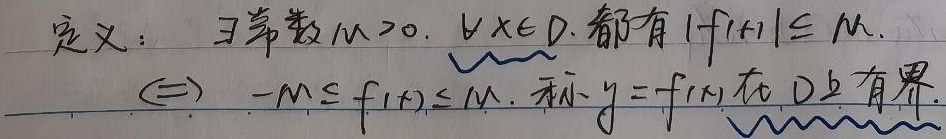
定义：\(\exists\)常数\(M > 0\)，\(\forall x \in D\)，都有\(|f(x)| \leq M\)，\(\Leftrightarrow -M \leq f(x) \leq M\)。称\(y = f(x)\)在\(D\)上有界。